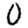
Digit: 0